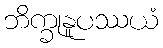
ဘိက္ခုနူပဿယံ